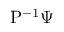
{ \mathrm { P } } ^ { - 1 } \Psi